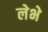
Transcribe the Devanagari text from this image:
लेभे